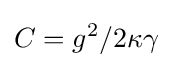
C=g^{2}/2\kappa \gamma